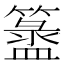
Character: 𥵁